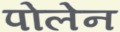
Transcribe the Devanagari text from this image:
पोलेन